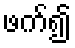
ဖက်၍